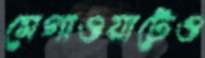
মেগাওয়াটেও